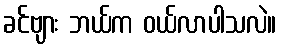
ခင်ဗျား ဘယ်က ဝယ်လာပါသလဲ။